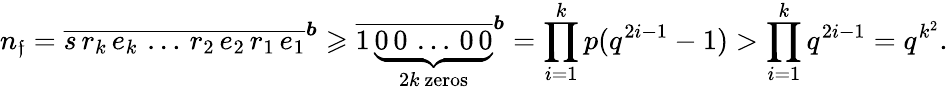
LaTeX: n_{\mathfrak{f}}=\overline{{{s\, r_{k}\, e_{k}\, \ldots\, r_{2}\, e_{2}\, r_{1}\, e_{1}}}}^{\boldsymbol{b}}\geqslant\overline{{{1\, \underbrace{{0\, 0\, \ldots\, 0\, 0}}_{2k\mathrm{{~zeros}}}}}}^{\boldsymbol{b}}=\prod_{i=1}^{k}p(q^{2i-1}-1)>\prod_{i=1}^{k}q^{2i-1}=q^{k^{2}}.